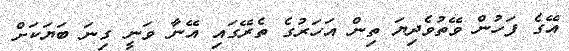
އޭގެ ފަހުން ވޭތުވެދިޔަ ތިން އަހަރުގެ ތެރޭގައި އޭނާ ވަނީ ގިނަ ބަޔަކަށް